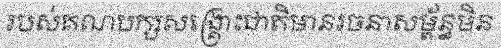
របស់គណបក្សសង្គ្រោះជាតិមានរចនាសម្ព័ន្ធមិន